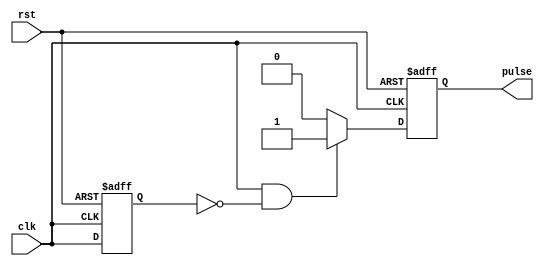
module Falling_Edge_Pulse_Generator (
    input wire clk,
    input wire rst,
    output reg pulse
);

reg prev_clk;

always @(posedge clk or posedge rst) begin
    if (rst) begin
        pulse <= 0;
        prev_clk <= 0;
    end else begin
        if (clk && ~prev_clk) begin
            pulse <= 1;
        end else begin
            pulse <= 0;
        end
        prev_clk <= clk;
    end
end

endmodule